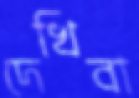
দেখিবা